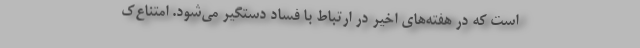
است که در هفته‌های اخیر در ارتباط با فساد دستگیر می‌شود. امتناع‌ک